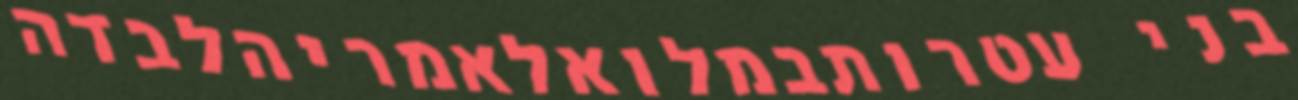
בני עטרותבמלואלאמריהלבדה